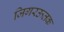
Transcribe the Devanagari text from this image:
जिगरऊतक